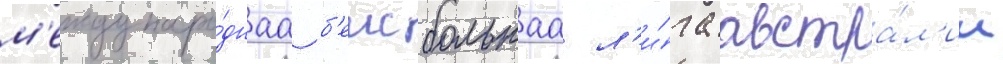
м'еждунаро́днаа б'еисбольнаа л'и́га австра́л'ии